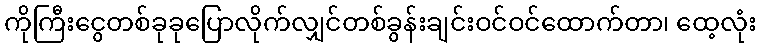
ကိုကြီးငွေတစ်ခုခုပြောလိုက်လျှင်တစ်ခွန်းချင်းဝင်ဝင်ထောက်တာ၊ ထေ့လုံး